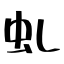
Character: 虬